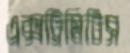
এক্সট্রিমিটিস